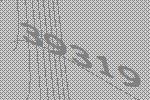
39319